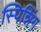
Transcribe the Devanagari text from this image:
स्पिन्निंग